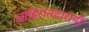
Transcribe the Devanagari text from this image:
जाहिरातदारानी